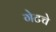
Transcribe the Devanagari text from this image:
गेटचे